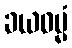
ခယဓမ္မံ